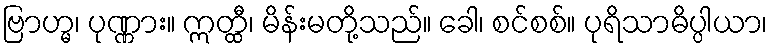
ဗြာဟ္မ၊ ပုဏ္ဏား။ ဣတ္ထီ၊ မိန်းမတို့သည်။ ခေါ၊ စင်စစ်။ ပုရိသာဓိပ္ပါယာ၊